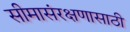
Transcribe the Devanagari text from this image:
सीमासंरक्षणासाठी